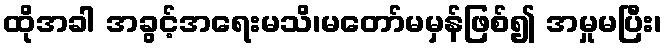
ထိုအခါ အခွင့်အရေးမသိ၊မတော်မမှန်ဖြစ်၍ အမှုမပြီး၊